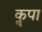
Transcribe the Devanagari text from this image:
कॣपा